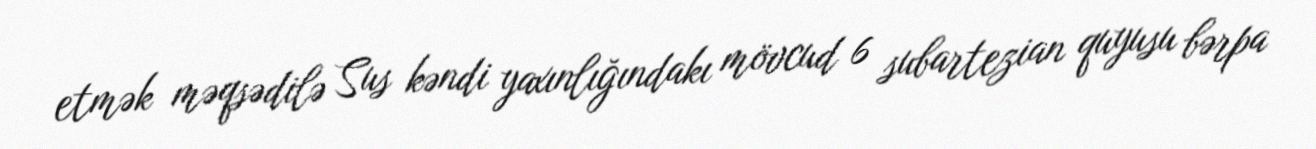
etmək məqsədilə Sus kəndi yaxınlığındakı mövcud 6 subartezian quyusu bərpa